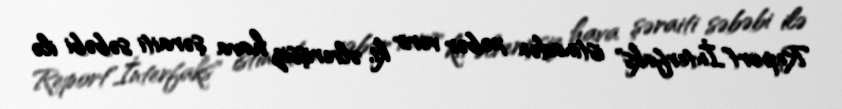
Report"İnterfaks" istinadən xəbər verir ki, əlverişsiz hava şəraiti səbəbi ilə